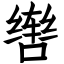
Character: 辔